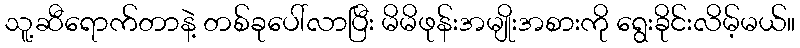
သူ့ဆီရောက်တာနဲ့ တစ်ခုပေါ်လာပြီး မိမိဖုန်းအမျိုးအစားကို ရွေးခိုင်းလိမ့်မယ်။